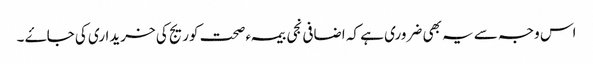
اس وجہ سے یہ بھی ضروری ہے کہ اضافی نجی بیمہء صحت کوریج کی خریداری کی جاۓ ۔